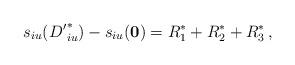
LaTeX: \begin{align*}s_{iu}({D^{\prime}}_{iu}^{\ast})-s_{iu}({\mathbf{0}})={R}_{1}^{\ast}+{R}_{2}^{\ast}+{R}_{3}^{\ast}\,, \end{align*}